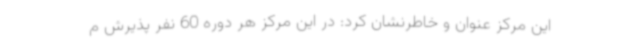
این مرکز عنوان و خاطرنشان کرد: در این مرکز هر دوره 60 نفر پذیرش م